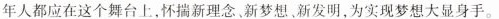
年人都应在这个舞台上，怀揣新理念，新梦想，新发明，为实现梦想大显身手。